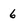
Character: 6